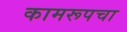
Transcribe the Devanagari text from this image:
कामरूपचा